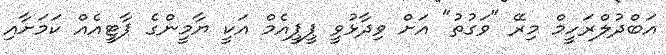
އަބްދުލްރަހީމް މިރޭ "ވަގުތު" އަށް ވިދާޅުވީ ޕީޕީއެމް އަކީ ޔާމީންގެ ޕާޓީއެއް ކަމަށާއި